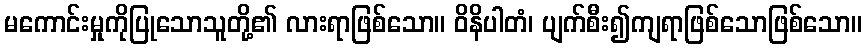
မကောင်းမှုကိုပြုသောသူတို့၏ လားရာဖြစ်သော။ ဝိနိပါတံ၊ ပျက်စီး၍ကျရာဖြစ်သောဖြစ်သော။